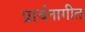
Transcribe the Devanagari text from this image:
प्रार्थनागीत